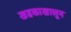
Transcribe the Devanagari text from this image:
खडकाखालून